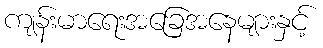
ကျန်းမာရေးအခြေအနေများနှင့်